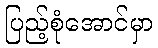
ပြည့်စုံအောင်မှာ